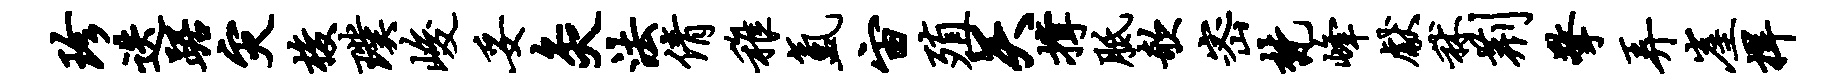
珍迭踞灾梭璞峻妥灸法倩稚氲宙殖矢撑胝欹密梵峰献秫荆擎弄崖捍